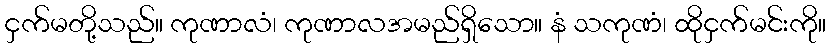
ငှက်မတို့သည်။ ကုဏာလံ၊ ကုဏာလအမည်ရှိသော။ နံ သကုဏံ၊ ထိုငှက်မင်းကို။